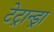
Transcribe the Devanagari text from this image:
टेट्रान्ड्रा